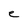
Character: e